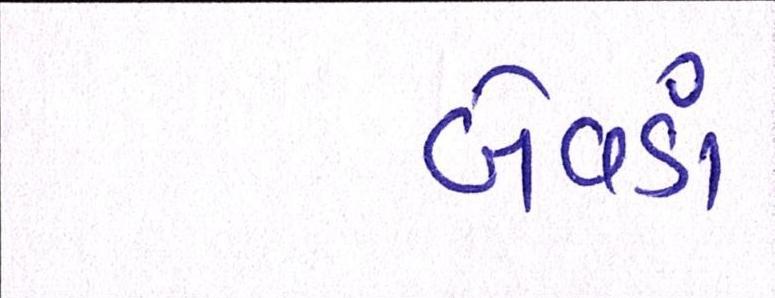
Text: બેવડાં